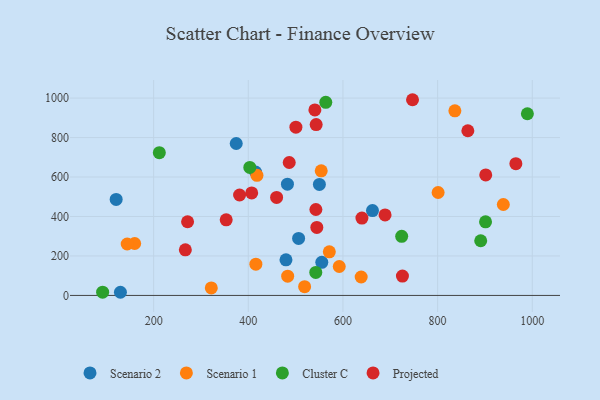
{"axis": {"x": "Speed", "y": "Fuel Efficiency"}, "legend": ["Cluster C", "Projected", "Scenario 1", "Scenario 2"], "data": [{"x": "129.8", "y": 16.0, "type": "Scenario 2"}, {"x": "479.6", "y": 180.5, "type": "Scenario 2"}, {"x": "415.3", "y": 625.4, "type": "Scenario 2"}, {"x": "374.5", "y": 769.9, "type": "Scenario 2"}, {"x": "482.7", "y": 564.0, "type": "Scenario 2"}, {"x": "555.3", "y": 167.9, "type": "Scenario 2"}, {"x": "120.8", "y": 486.7, "type": "Scenario 2"}, {"x": "506.3", "y": 288.9, "type": "Scenario 2"}, {"x": "662.4", "y": 430.0, "type": "Scenario 2"}, {"x": "550.2", "y": 562.5, "type": "Scenario 2"}, {"x": "554.1", "y": 631.2, "type": "Scenario 1"}, {"x": "416.0", "y": 158.5, "type": "Scenario 1"}, {"x": "592.2", "y": 146.5, "type": "Scenario 1"}, {"x": "483.2", "y": 97.4, "type": "Scenario 1"}, {"x": "321.8", "y": 37.8, "type": "Scenario 1"}, {"x": "519.0", "y": 44.4, "type": "Scenario 1"}, {"x": "638.5", "y": 93.3, "type": "Scenario 1"}, {"x": "159.9", "y": 263.2, "type": "Scenario 1"}, {"x": "836.5", "y": 935.7, "type": "Scenario 1"}, {"x": "801.1", "y": 521.5, "type": "Scenario 1"}, {"x": "938.9", "y": 460.7, "type": "Scenario 1"}, {"x": "418.3", "y": 608.7, "type": "Scenario 1"}, {"x": "571.2", "y": 220.9, "type": "Scenario 1"}, {"x": "144.1", "y": 260.5, "type": "Scenario 1"}, {"x": "891.1", "y": 277.1, "type": "Cluster C"}, {"x": "724.1", "y": 299.5, "type": "Cluster C"}, {"x": "212.0", "y": 723.2, "type": "Cluster C"}, {"x": "403.2", "y": 648.4, "type": "Cluster C"}, {"x": "542.6", "y": 116.7, "type": "Cluster C"}, {"x": "563.7", "y": 978.6, "type": "Cluster C"}, {"x": "92.2", "y": 16.3, "type": "Cluster C"}, {"x": "989.7", "y": 920.6, "type": "Cluster C"}, {"x": "901.3", "y": 373.2, "type": "Cluster C"}, {"x": "543.4", "y": 865.7, "type": "Projected"}, {"x": "901.7", "y": 610.5, "type": "Projected"}, {"x": "353.3", "y": 383.1, "type": "Projected"}, {"x": "965.4", "y": 667.7, "type": "Projected"}, {"x": "500.6", "y": 852.6, "type": "Projected"}, {"x": "540.7", "y": 940.2, "type": "Projected"}, {"x": "689.0", "y": 407.8, "type": "Projected"}, {"x": "640.1", "y": 392.2, "type": "Projected"}, {"x": "863.9", "y": 834.6, "type": "Projected"}, {"x": "747.0", "y": 991.7, "type": "Projected"}, {"x": "267.0", "y": 231.1, "type": "Projected"}, {"x": "407.2", "y": 519.2, "type": "Projected"}, {"x": "486.5", "y": 673.5, "type": "Projected"}, {"x": "725.7", "y": 98.0, "type": "Projected"}, {"x": "459.8", "y": 496.7, "type": "Projected"}, {"x": "271.7", "y": 373.3, "type": "Projected"}, {"x": "542.8", "y": 435.5, "type": "Projected"}, {"x": "381.6", "y": 509.0, "type": "Projected"}, {"x": "544.8", "y": 344.4, "type": "Projected"}]}